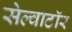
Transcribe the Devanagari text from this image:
सेल्वाटॉर